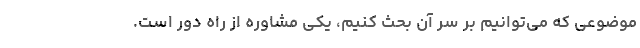
موضوعی که می‌توانیم بر سر آن بحث کنیم، یکی مشاوره از راه دور است.